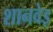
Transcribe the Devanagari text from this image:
शानवेइ